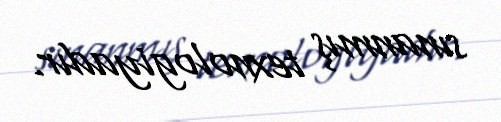
sınanmış texnologiyadır.